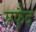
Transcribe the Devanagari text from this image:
सफै़द